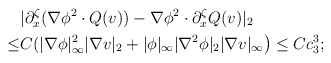
\begin{align*}&|\partial^\zeta_x(\nabla \phi^2 \cdot Q(v))-\nabla \phi^2 \cdot \partial^\zeta_x Q(v)|_2\\\leq &C(|\nabla \phi|^2_\infty |\nabla v |_2+|\phi|_\infty|\nabla^2 \phi|_2 |\nabla v|_\infty\big)\leq Cc^3_3;\end{align*}